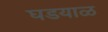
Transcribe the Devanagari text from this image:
घडयाळ